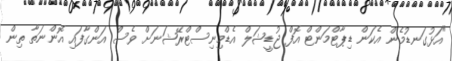
"އަޅުގަނޑުމެން އެކަން ޑިޕާޓްމަންޓް އޮފް ޖުޑީޝަލް އެޑްމިނިސްޓްރޭޝަނަށް ވެސް އަންގާފައި އޮންނަތާ ތިން